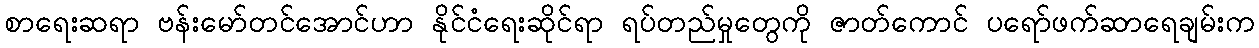
စာရေးဆရာ ဗန်းမော်တင်အောင်ဟာ နိုင်ငံရေးဆိုင်ရာ ရပ်တည်မှုတွေကို ဇာတ်ကောင် ပရော်ဖက်ဆာရေချမ်းက